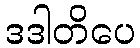
ဒဒါတိပေ